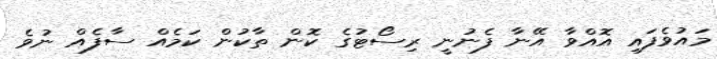
މައުވެފައި އޮއްވާ އޭނާ ފެނުނީ ރިސޯޓުގެ ކޮން ތާކުން ކަމެއް ސާފެއް ނުވެ